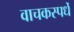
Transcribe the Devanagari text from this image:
वाचकस्पर्धे